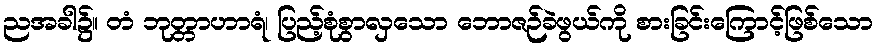
ညအခါ၌။ တံ ဘုတ္တာဟာရံ၊ ပြည့်စုံစွာလှသော ဘောဇဉ်ခဲဖွယ်ကို စားခြင်းကြောင့်ဖြစ်သော